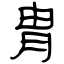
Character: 胄